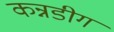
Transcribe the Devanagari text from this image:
कन्नडीग